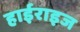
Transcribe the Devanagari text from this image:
हाईराइज